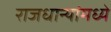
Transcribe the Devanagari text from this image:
राजधान्यांमध्ये